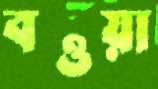
বওয়া